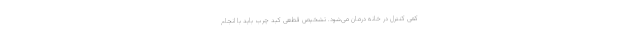
کمی کنترل در خانه درمان می‌شود. تشخیص قطعی کبد چرب باید با انجام